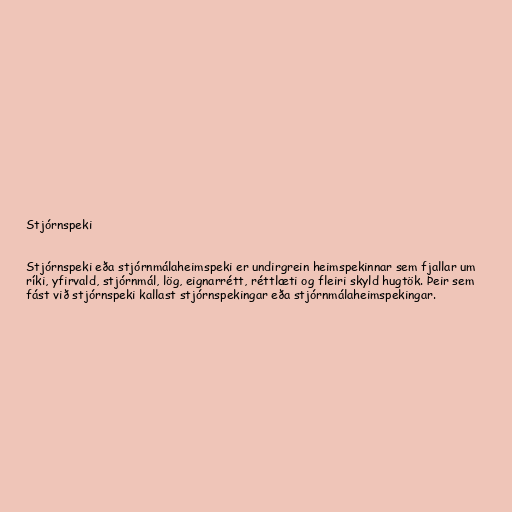
Stjórnspeki

Stjórnspeki eða stjórnmálaheimspeki er undirgrein heimspekinnar sem fjallar um
ríki, yfirvald, stjórnmál, lög, eignarrétt, réttlæti og fleiri skyld hugtök. Þeir sem
fást við stjórnspeki kallast stjórnspekingar eða stjórnmálaheimspekingar.